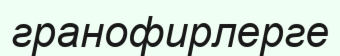
гранофирлерге